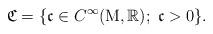
LaTeX: \begin{align*}\mathfrak{C}=\{ \mathfrak{c} \in C^\infty(\mathrm{M},\mathbb{R});\; \mathfrak{c} >0 \}.\end{align*}